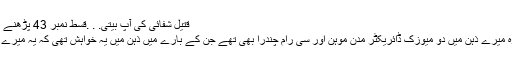
قتیل شفائی کی آپ بیتی. . .قسط نمبر 43 پڑھنے کیلئے یہاں کلک کریں
ان گلوکاروں کے علاوہ میرے ذہن میں دو میوزک ڈائریکٹر مدن موہن اور سی رام چندرا بھی تھے جن کے بارے میں ذہن میں یہ خواہش تھی کہ یہ میرے گیتوں کی دھن بنائیں ۔